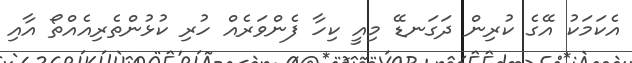
އެކަމަކު އޭގެ ކުރިން ދަގަނޑޭ މިއީ ކިހާ ފެންވަރެއް ހުރި ކުޅުންތެރިއެއްތޯ އާއި